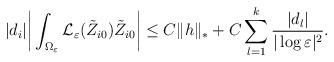
LaTeX: \begin{align*}|d_{i}|\bigg|\int_{\Omega_{\varepsilon}}\mathcal{L}_{\varepsilon}(\tilde{Z}_{i0})\tilde{Z}_{i0}\bigg|\leq C\|h\|_{\ast}+C\sum_{l=1}^{k}\frac{|d_{l}|}{|\log\varepsilon|^{2}}.\end{align*}